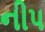
નીપ